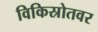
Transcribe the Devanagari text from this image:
विकिस्रोतवर